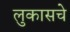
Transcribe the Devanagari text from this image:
लुकासचे